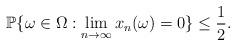
LaTeX: \begin{align*}\mathbb P\{\omega\in \Omega: \lim_{n\to \infty} x_n(\omega)=0\}\le \frac 12.\end{align*}